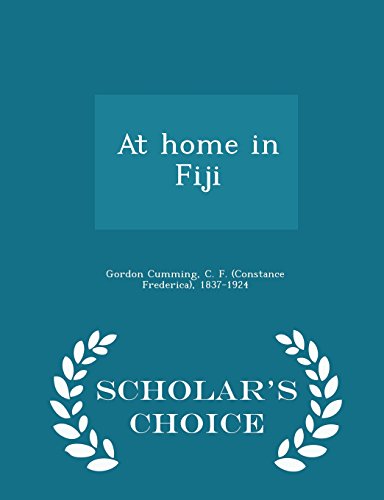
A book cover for At home in Fiji  - Scholar's Choice Edition; History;